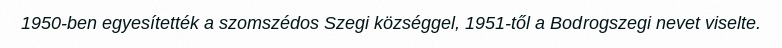
1950-ben egyesítették a szomszédos Szegi községgel, 1951-től a Bodrogszegi nevet viselte.